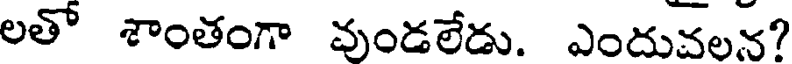
లతో శాంతంగా వుండలేడు. ఎందువలన?